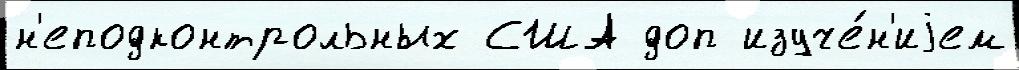
н'еподконтрольных США доп изуче́н'иjем